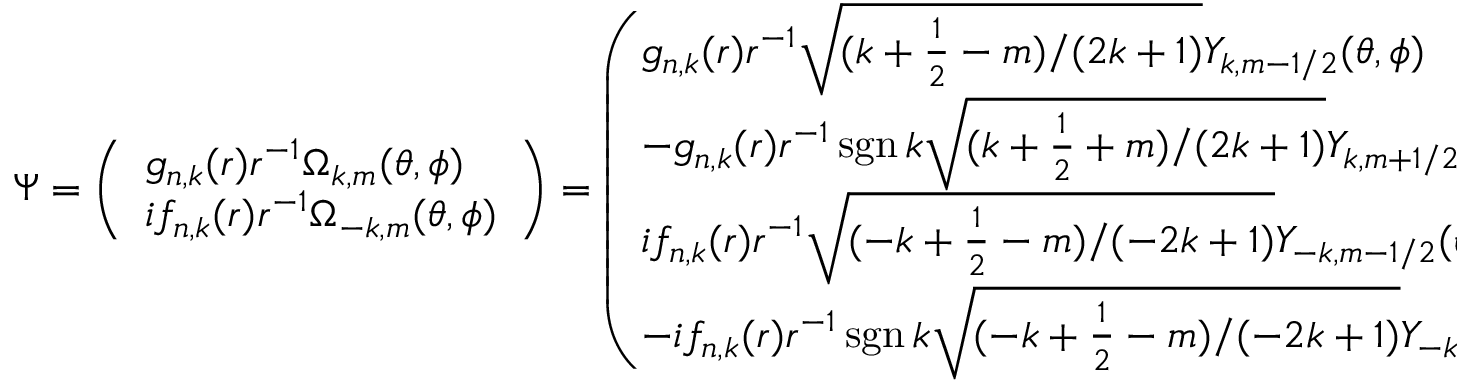
\Psi = { \left( \begin{array} { l } { g _ { n , k } ( r ) r ^ { - 1 } \Omega _ { k , m } ( \theta , \phi ) } \\ { i f _ { n , k } ( r ) r ^ { - 1 } \Omega _ { - k , m } ( \theta , \phi ) } \end{array} \right) } = { \left( \begin{array} { l } { g _ { n , k } ( r ) r ^ { - 1 } { \sqrt { ( k + { \frac { 1 } { 2 } } - m ) / ( 2 k + 1 ) } } Y _ { k , m - 1 / 2 } ( \theta , \phi ) } \\ { - g _ { n , k } ( r ) r ^ { - 1 } \operatorname { s g n } k { \sqrt { ( k + { \frac { 1 } { 2 } } + m ) / ( 2 k + 1 ) } } Y _ { k , m + 1 / 2 } ( \theta , \phi ) } \\ { i f _ { n , k } ( r ) r ^ { - 1 } { \sqrt { ( - k + { \frac { 1 } { 2 } } - m ) / ( - 2 k + 1 ) } } Y _ { - k , m - 1 / 2 } ( \theta , \phi ) } \\ { - i f _ { n , k } ( r ) r ^ { - 1 } \operatorname { s g n } k { \sqrt { ( - k + { \frac { 1 } { 2 } } - m ) / ( - 2 k + 1 ) } } Y _ { - k , m + 1 / 2 } ( \theta , \phi ) } \end{array} \right) }